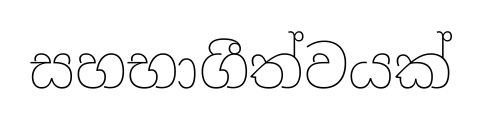
සහභාගීත්වයක්